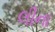
લીના